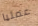
عمليا